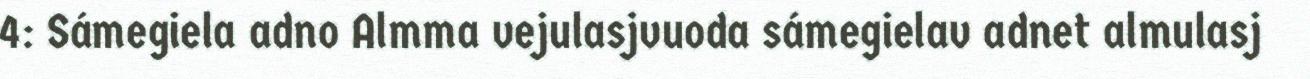
4: Sámegiela adno Almma vejulasjvuoda sámegielav adnet almulasj